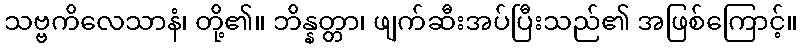
သဗ္ဗကိလေသာနံ၊ တို့၏။ ဘိန္နတ္တာ၊ ဖျက်ဆီးအပ်ပြီးသည်၏ အဖြစ်ကြောင့်။